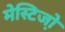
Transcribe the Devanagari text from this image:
मेस्टिजो़